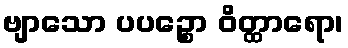
ဗျာသော ပပဉ္စော ဝိတ္ထာရော၊